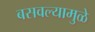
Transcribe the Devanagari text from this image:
बसवल्यामुळे